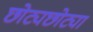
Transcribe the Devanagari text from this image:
छोट्यछोट्या